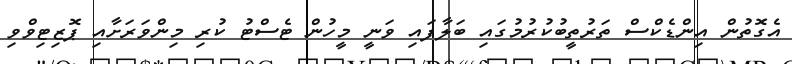
އެގޮތުން އިންޑެކްސް ތަރުތީބުކުރުމުގައި ބަލާފައި ވަނީ މީހުން ޓެސްޓު ކުރި މިންވަރަށާއި ޕޮޒިޓިވްވި